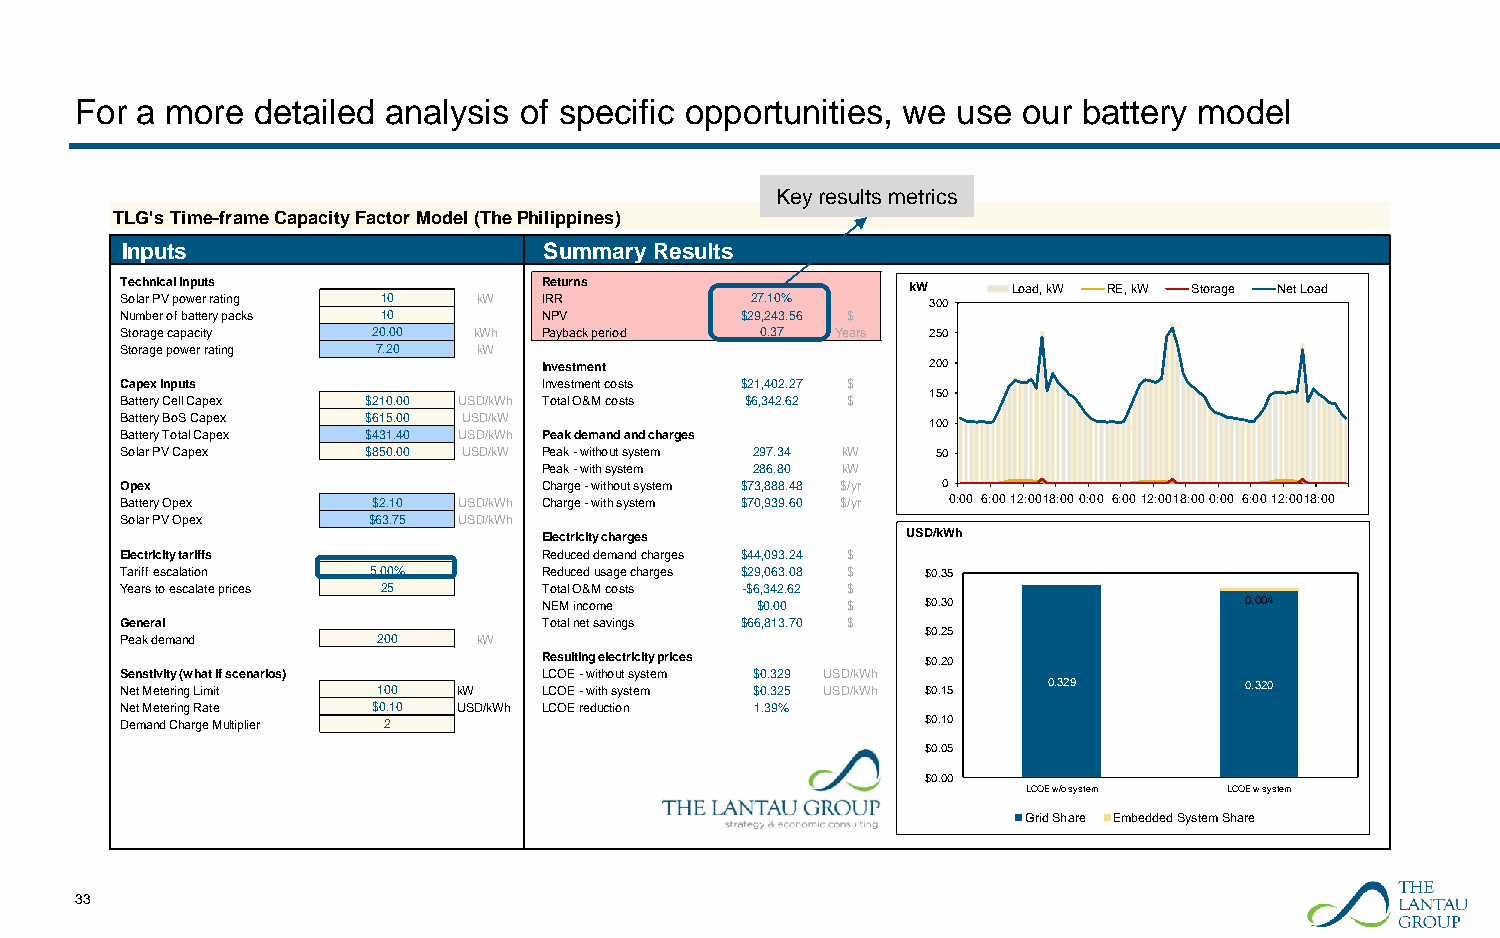
For a more  detailed analysis of specific opportunities, we use our battery model
 Key results metrics
 TLG's Time-frame Capacity Factor Model (The Philippines)
 Inputs                      Summary Results
 Technical inputs            Returns                 kW     Load, kW RE, kW Storage Net Load
 Solar PV power rating 10 kW IRR           27.10%      300
 Number of battery packs 10  NPV          $29,243.56 $
 Storage capacity 20.00 kWh  Payback period 0.37 Years 250
 Storage power rating 7.20 kW
 Investment                200
 Capex inputs                Investment costs $21,402.27 $
 150
 Battery Cell Capex $210.00 USD/kWh Total O&M costs $6,342.62 $
 Battery BoS Capex $615.00 USD/kW                      100
 Battery Total Capex $431.40 USD/kWh Peak demand and charges
 Solar PV Capex  $850.00 USD/kW Peak - without system 297.34 kW 50
 Peak - with system 286.80 kW
 Opex                        Charge - without system $73,888.48 $/yr 0
 Battery Opex     $2.10 USD/kWh Charge - with system $70,939.60 $/yr 0:00 6:0012:0018:000:00 6:0012:0018:000:00 6:0012:0018:00
 Solar PV Opex   $63.75 USD/kWh
 Electricity charges     USD/kWh
 Electricity tariffs         Reduced demand charges $44,093.24 $
 Tariff escalation 5.00%     Reduced usage charges $29,063.08 $ $0.35
 Years to escalate prices 25 Total O&M costs -$6,342.62 $
 NEM income    $0.00 $    $0.30                0.004
 General                     Total net savings $66,813.70 $
 $0.25
 Peak demand      200    kW
 Resulting electricity prices $0.20
 Senstivity (what if scenarios) LCOE - without system $0.329 USD/kWh
 Net Metering Limit 100 kW   LCOE - with system $0.325 USD/kWh $0.15 0.329 0.320
 Net Metering Rate $0.10 USD/kWh LCOE reduction 1.39%
 Demand Charge Multiplier 2                           $0.10
 $0.05
 $0.00
 LCOE w/o system LCOE w system
 Grid Share Embedded System Share
 33